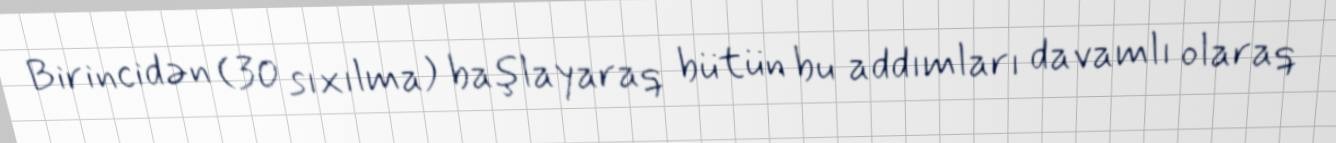
Birincidən (30 sıxılma) başlayaraq bütün bu addımları davamlı olaraq